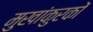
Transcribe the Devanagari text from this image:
मुखांकुरकों